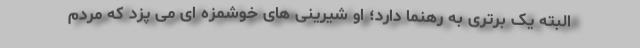
البته یک برتری به رهنما دارد؛ او شیرینی های خوشمزه ای می پزد که مردم